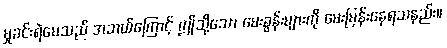
မှုခင်းရဲမေသည် အဘယ်ကြောင့် ဤသို့သော မေးခွန်းများကို မေးမြန်းနေရသနည်း။